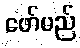
ဖော်မည်